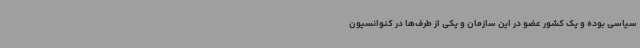
سیاسی بوده و یک کشور عضو در این سازمان و یکی از طرف‌ها در کنوانسیون